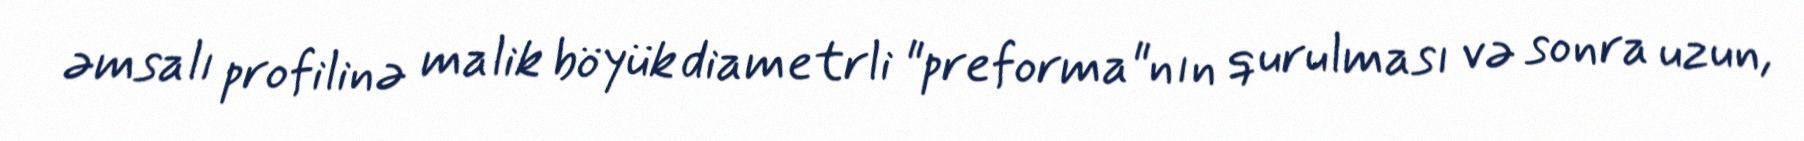
əmsalı profilinə malik böyük diametrli "preforma"nın qurulması və sonra uzun,